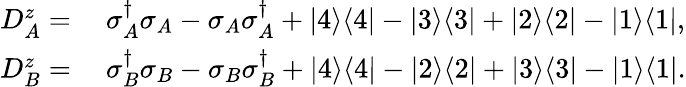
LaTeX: \begin{array}{rl}{D_{A}^{z}=}&{~\sigma_{A}^{\dagger}\sigma_{A}-\sigma_{A}\sigma_{A}^{\dagger}+|4\rangle\langle 4|-|3\rangle\langle 3|+|2\rangle\langle 2|-|1\rangle\langle 1|,}\\ {D_{B}^{z}=}&{~\sigma_{B}^{\dagger}\sigma_{B}-\sigma_{B}\sigma_{B}^{\dagger}+|4\rangle\langle 4|-|2\rangle\langle 2|+|3\rangle\langle 3|-|1\rangle\langle 1|.}\end{array}